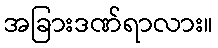
အခြားဒဏ်ရာလား။